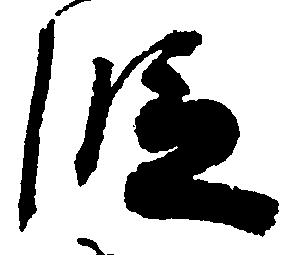
段